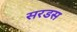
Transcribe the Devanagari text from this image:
सरडस